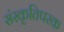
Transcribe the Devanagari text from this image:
संस्कृतिपरक